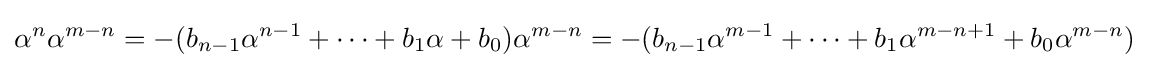
\alpha ^{n}\alpha ^{m-n}=-(b_{n-1}\alpha ^{n-1}+\cdots +b_{1}\alpha +b_{0})\alpha ^{m-n}=-(b_{n-1}\alpha ^{m-1}+\cdots +b_{1}\alpha ^{m-n+1}+b_{0}\alpha ^{m-n})